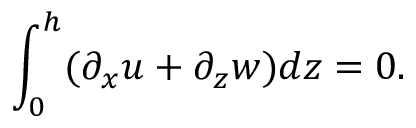
\int _ { 0 } ^ { h } ( \partial _ { x } u + \partial _ { z } w ) d z = 0 .